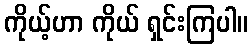
ကိုယ့်ဟာ ကိုယ် ရှင်းကြပါ။